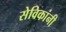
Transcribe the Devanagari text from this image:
सेविकांनी